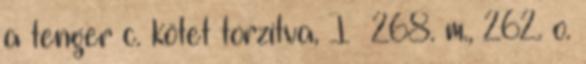
a tenger c. kötet torzítva, I 268. m., 262. o.